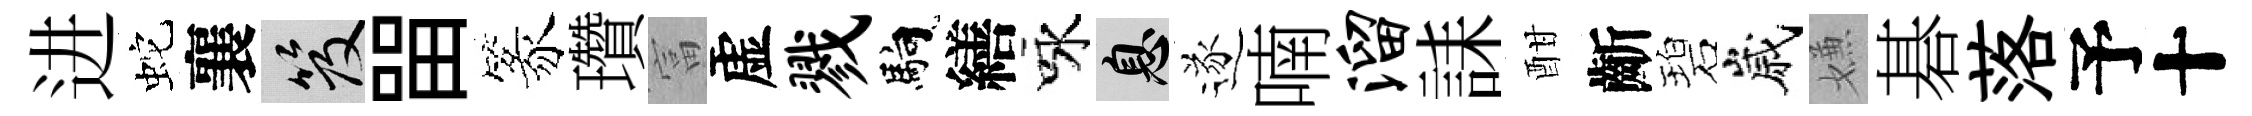
进蛇襄笈㽞篆瓚富虚戮馿繕咏息遂喃溜誄酣齗碧嵗嫌碁落予十